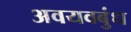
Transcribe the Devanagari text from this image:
अवयवबुंध